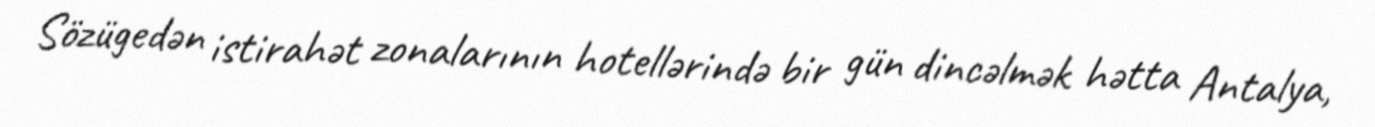
Sözügedən istirahət zonalarının hotellərində bir gün dincəlmək hətta Antalya,